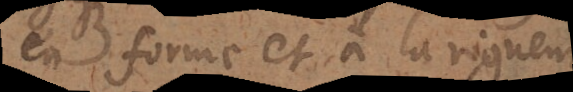
en forme et à la rigueur,